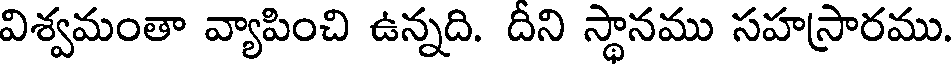
విశ్వమంతా వ్యాపించి ఉన్నది. దిని స్థానము సహస్రారము.